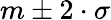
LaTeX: m\pm 2\cdot\sigma